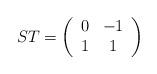
LaTeX: \begin{align*}ST=\left( \begin{array}{cc}0 & -1\\1 & 1\end{array}\right)\end{align*}